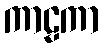
ကာဠကာ